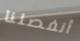
أنفصلنا